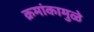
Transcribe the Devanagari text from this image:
क्रमांकामुळे